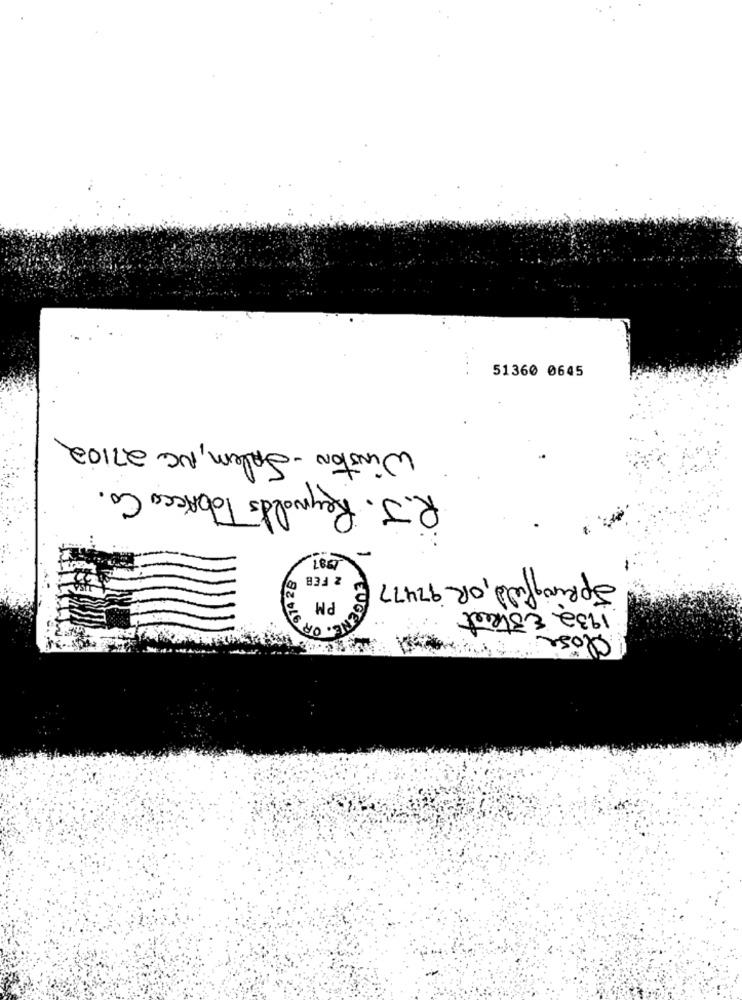
51360 0645
Winston- Salem, NC 27102
R.J. Reynolds Tobacco Co.
-
2 FEB
Springfuld, OR 92477
PM
1932 Estreet
close